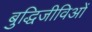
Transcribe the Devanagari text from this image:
बुद्धिजीविओं